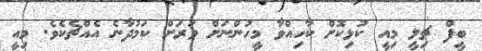
ބީފް ޗިލީ މިއީ ކުޅިކޮށް ކާހިއްވާ މީހުންނަށް ވަރަށް ކަމުދާނެ އެއްޗެކެވެ. މިއީ